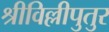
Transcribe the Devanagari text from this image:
श्रीविल्लीपुतुर